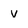
Character: v